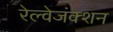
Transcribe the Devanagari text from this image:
रेल्वेजंक्शन